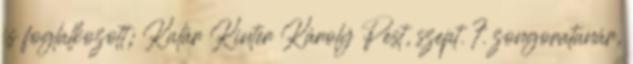
is foglalkozott; Kalár Kinter Károly Pest, szept. 7. zongoratanár,